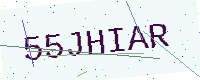
Text: 55JHIAR